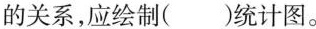
的关系，应绘制()统计图。